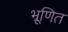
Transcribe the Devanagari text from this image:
भ्रूणित